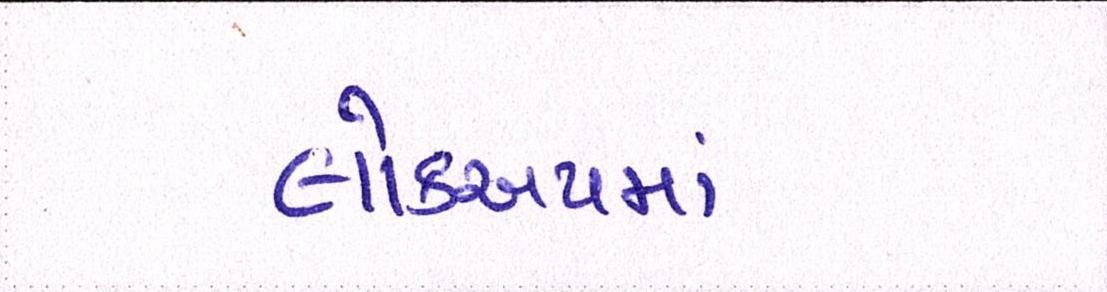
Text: લોકઅપમાં